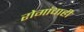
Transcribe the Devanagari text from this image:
रोगांचाही